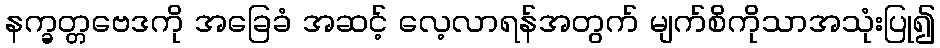
နက္ခတ္တဗေဒကို အခြေခံ အဆင့် လေ့လာရန်အတွက် မျက်စိကိုသာအသုံးပြု၍